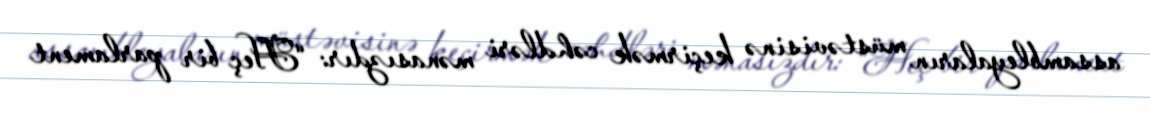
assambleyaların müstəvisinə keçirmək cəhdləri mənasızdır: “Heç bir parlament